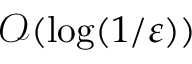
{ \mathcal { O } } ( \log ( 1 / \varepsilon ) )